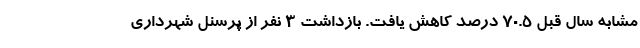
مشابه سال قبل ۷۰.۵ درصد کاهش یافت. بازداشت 3 نفر از پرسنل شهرداری